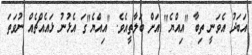
އަބަދު އެވަނީ ތިބާ "އިއްޔެ" އަށް ބަލާތީއެވެ. "އިއްޔެ"ގަ އެޅުނު ޅައެއްޗެއް ނުވަތަ